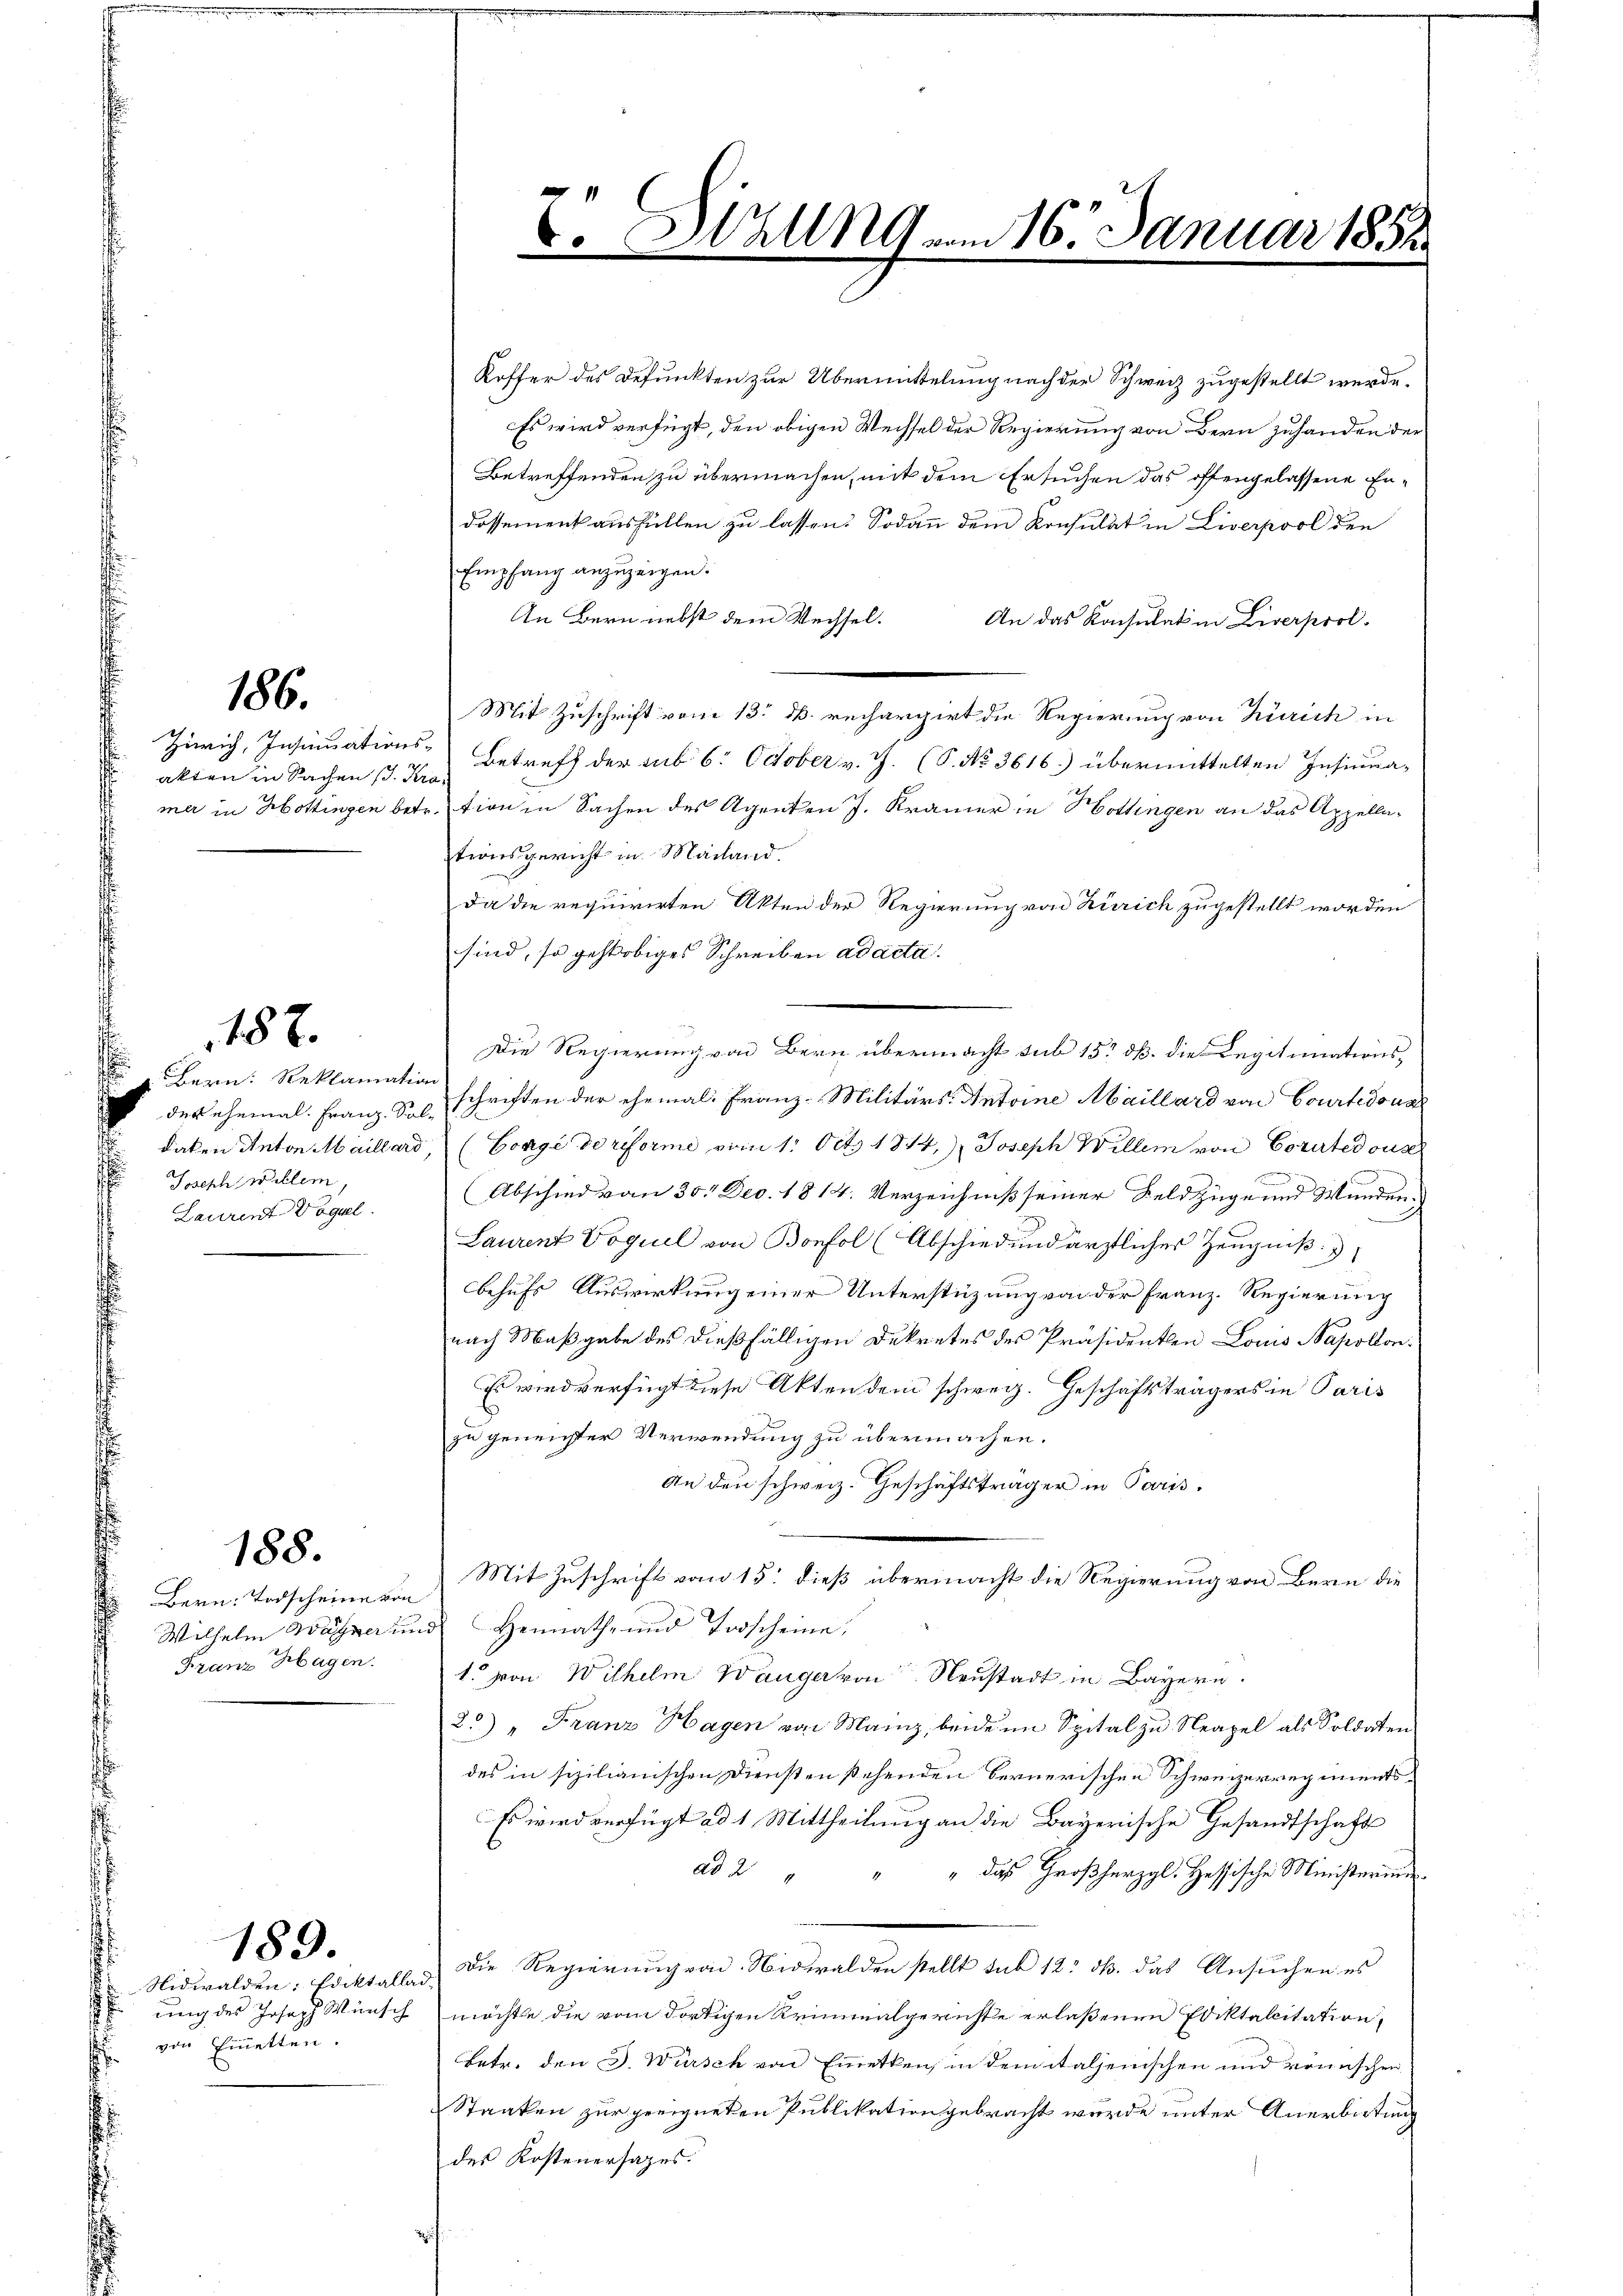
186.

Zürich, Insinuationsakten in Sachen s. Kra¬

187.

Bern. Reklamation
E der ehemal. Franz Sal-
Joseph Willem,
Laurent Vögel

188.

Bern: Todscheine von
Franz Hagen.

ung des Joseph Wünsch
von Einetten.
.

189.

Koffer des Defunkten zur Übermittelung nach der Schweiz zugestellt werde.
Es wird verfügt, den obigen Weissel der Regierung von Bern zuhanden der
Betreffenden zu übermachen, mit dem Ersuchen das offengelassene En¬
Dossement ausfüllen zu lassen. Sodann dem Konsulat in Liverpool den
Empfang anzuzeigen.
An Bern nebst dem Wechsel. An das Konsulat in Liverprol.
Mit Zuschrift vom 13. d. rechargirt die Regierung von Zürich in
Betreff der sub 6. October v. J. (S. No. 3616.) übermittelten Insinuamer in Hottingen betr. tion in Sachen des Agenten J. Kramer in Hottingen an das Appellationsgericht in Mailand.
Da die requirirten Akten der Regierung von Zürich zugestellt worden
sind, so gehobiges Schreiben ad acta.
Die Regierung von Bern übermacht sub 15. dß. die Legitimationsschriften der ehemal. Franz-Militärs: Antoine Abaillard von Courtedona
daten Anton Maillard, (Congé de reforme vom 1. Oct. 1814.) Joseph Willem von Corirtedouse
(Abschied vom 30. Dec. 1814. Verzeichniß seiner Feldzüge und Wunden¬
Laurent Voguel von Bonfol (Abschied und ärztliches Zeugniß
behufs Auswirkung einer Unterstüzung von der Franz-Regierung
nach Maßgabe des dießfälligen Dekretes des Präsidenten Louis Napollon,
Es wird verfügt diese Akten dem schweiz. Geschäftsträgers in Paris
zu geneichter Verwendung zu übermachen.
An den schweiz. Geschäftsträger in Paris.
Mit Zuschrift vom 15. dieß übermacht die Regierung von Bern die
Wilhelm Wagner und Heimath- und Todscheine,
1. von Wilhelm Wanger von Neustadt in Bayern.
2.) " Franz Hagen von Mainz, beide im Spital zu Neapel als Soldaten
des in sizilianischen Diensten stehenden Bernerischen Schweizerregiments¬
Es wird verfügt ad 1 Mittheilung an die Bayerische Gesandtschaft
ad 2
" " das Großherzgl. Hassische Ministerium
Nidwalden: Ediktalle. Die Regierung von Nidwalden stellt sub 12 ds. das Ansuchen es
möchte die vom dortigen Kriminalgerichte erlaßenen Ediktalitation
Betr. den J. Würsch von Emetten, in dem italsenischen und römischen
Staaten zur geeigneten Publikation gebracht wurde unter Anerbietung
des Kostenersazes.

7. 329 vom 16. Januar 1852
.
e